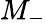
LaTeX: M_{-}